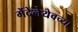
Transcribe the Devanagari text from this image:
मेंदेलेयेवच्या